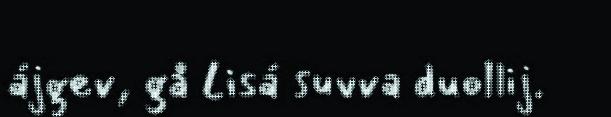
ájgev, gå Lisá suvva duollij.